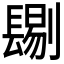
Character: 𨲞